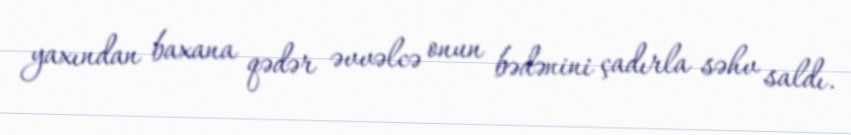
yaxından baxana qədər əvvəlcə onun bədənini çadırla səhv saldı.